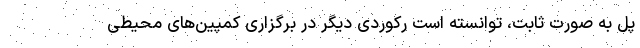
پل به صورت ثابت،‌ توانسته است رکوردی دیگر در برگزاری کمپین‌های محیطی